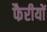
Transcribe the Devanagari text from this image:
फैरीयों